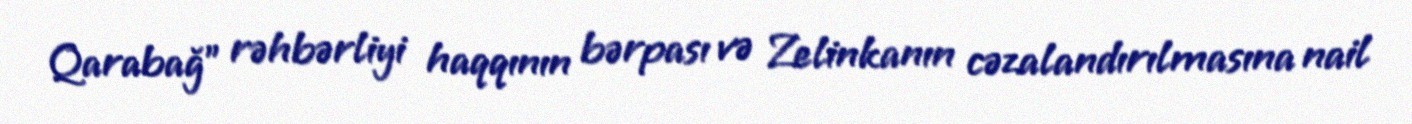
Qarabağ" rəhbərliyi haqqının bərpası və Zelinkanın cəzalandırılmasına nail